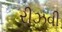
રીઝવી